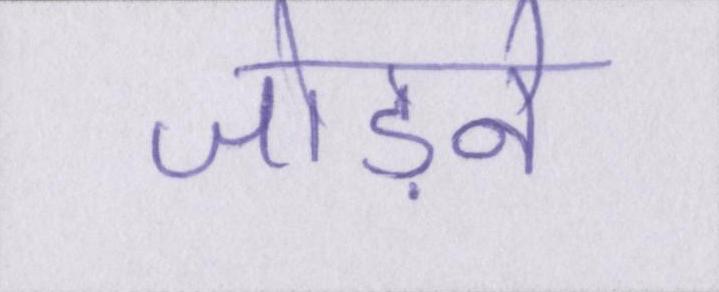
जोड़ने